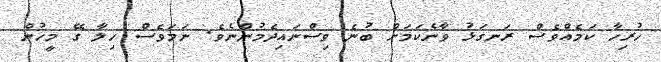
ހުރިހާ ކަމެއްވެސް ރަނގަޅު ވާނެކަމަށް ބުނެ ވިސްނައިދެމުންނެވެ. ނަމަވެސް ހިލާ ގޭ މީހުން